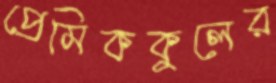
প্রেমিককুলের